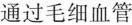
通过毛细血管